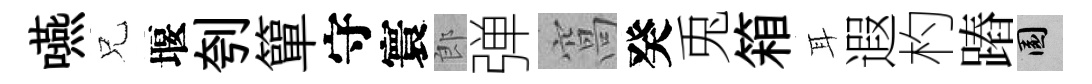
嚥兄堰刳簞守寰郎弹窩癸兎箱耳遐杓蹖園